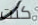
كنت